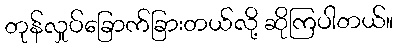
တုန်လှုပ်ခြောက်ခြားတယ်လို့ ဆိုကြပါတယ်။